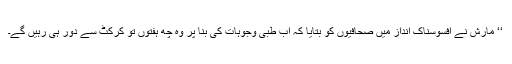
‘‘ مارش نے افسوسناک انداز میں صحافیوں کو بتایا کہ اب طبی وجوہات کی بنا پر وہ چھ ہفتوں تو کرکٹ سے دور ہی رہیں گے۔